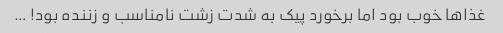
غذاها خوب بود اما برخورد پیک به شدت زشت نامناسب و زننده بود! …